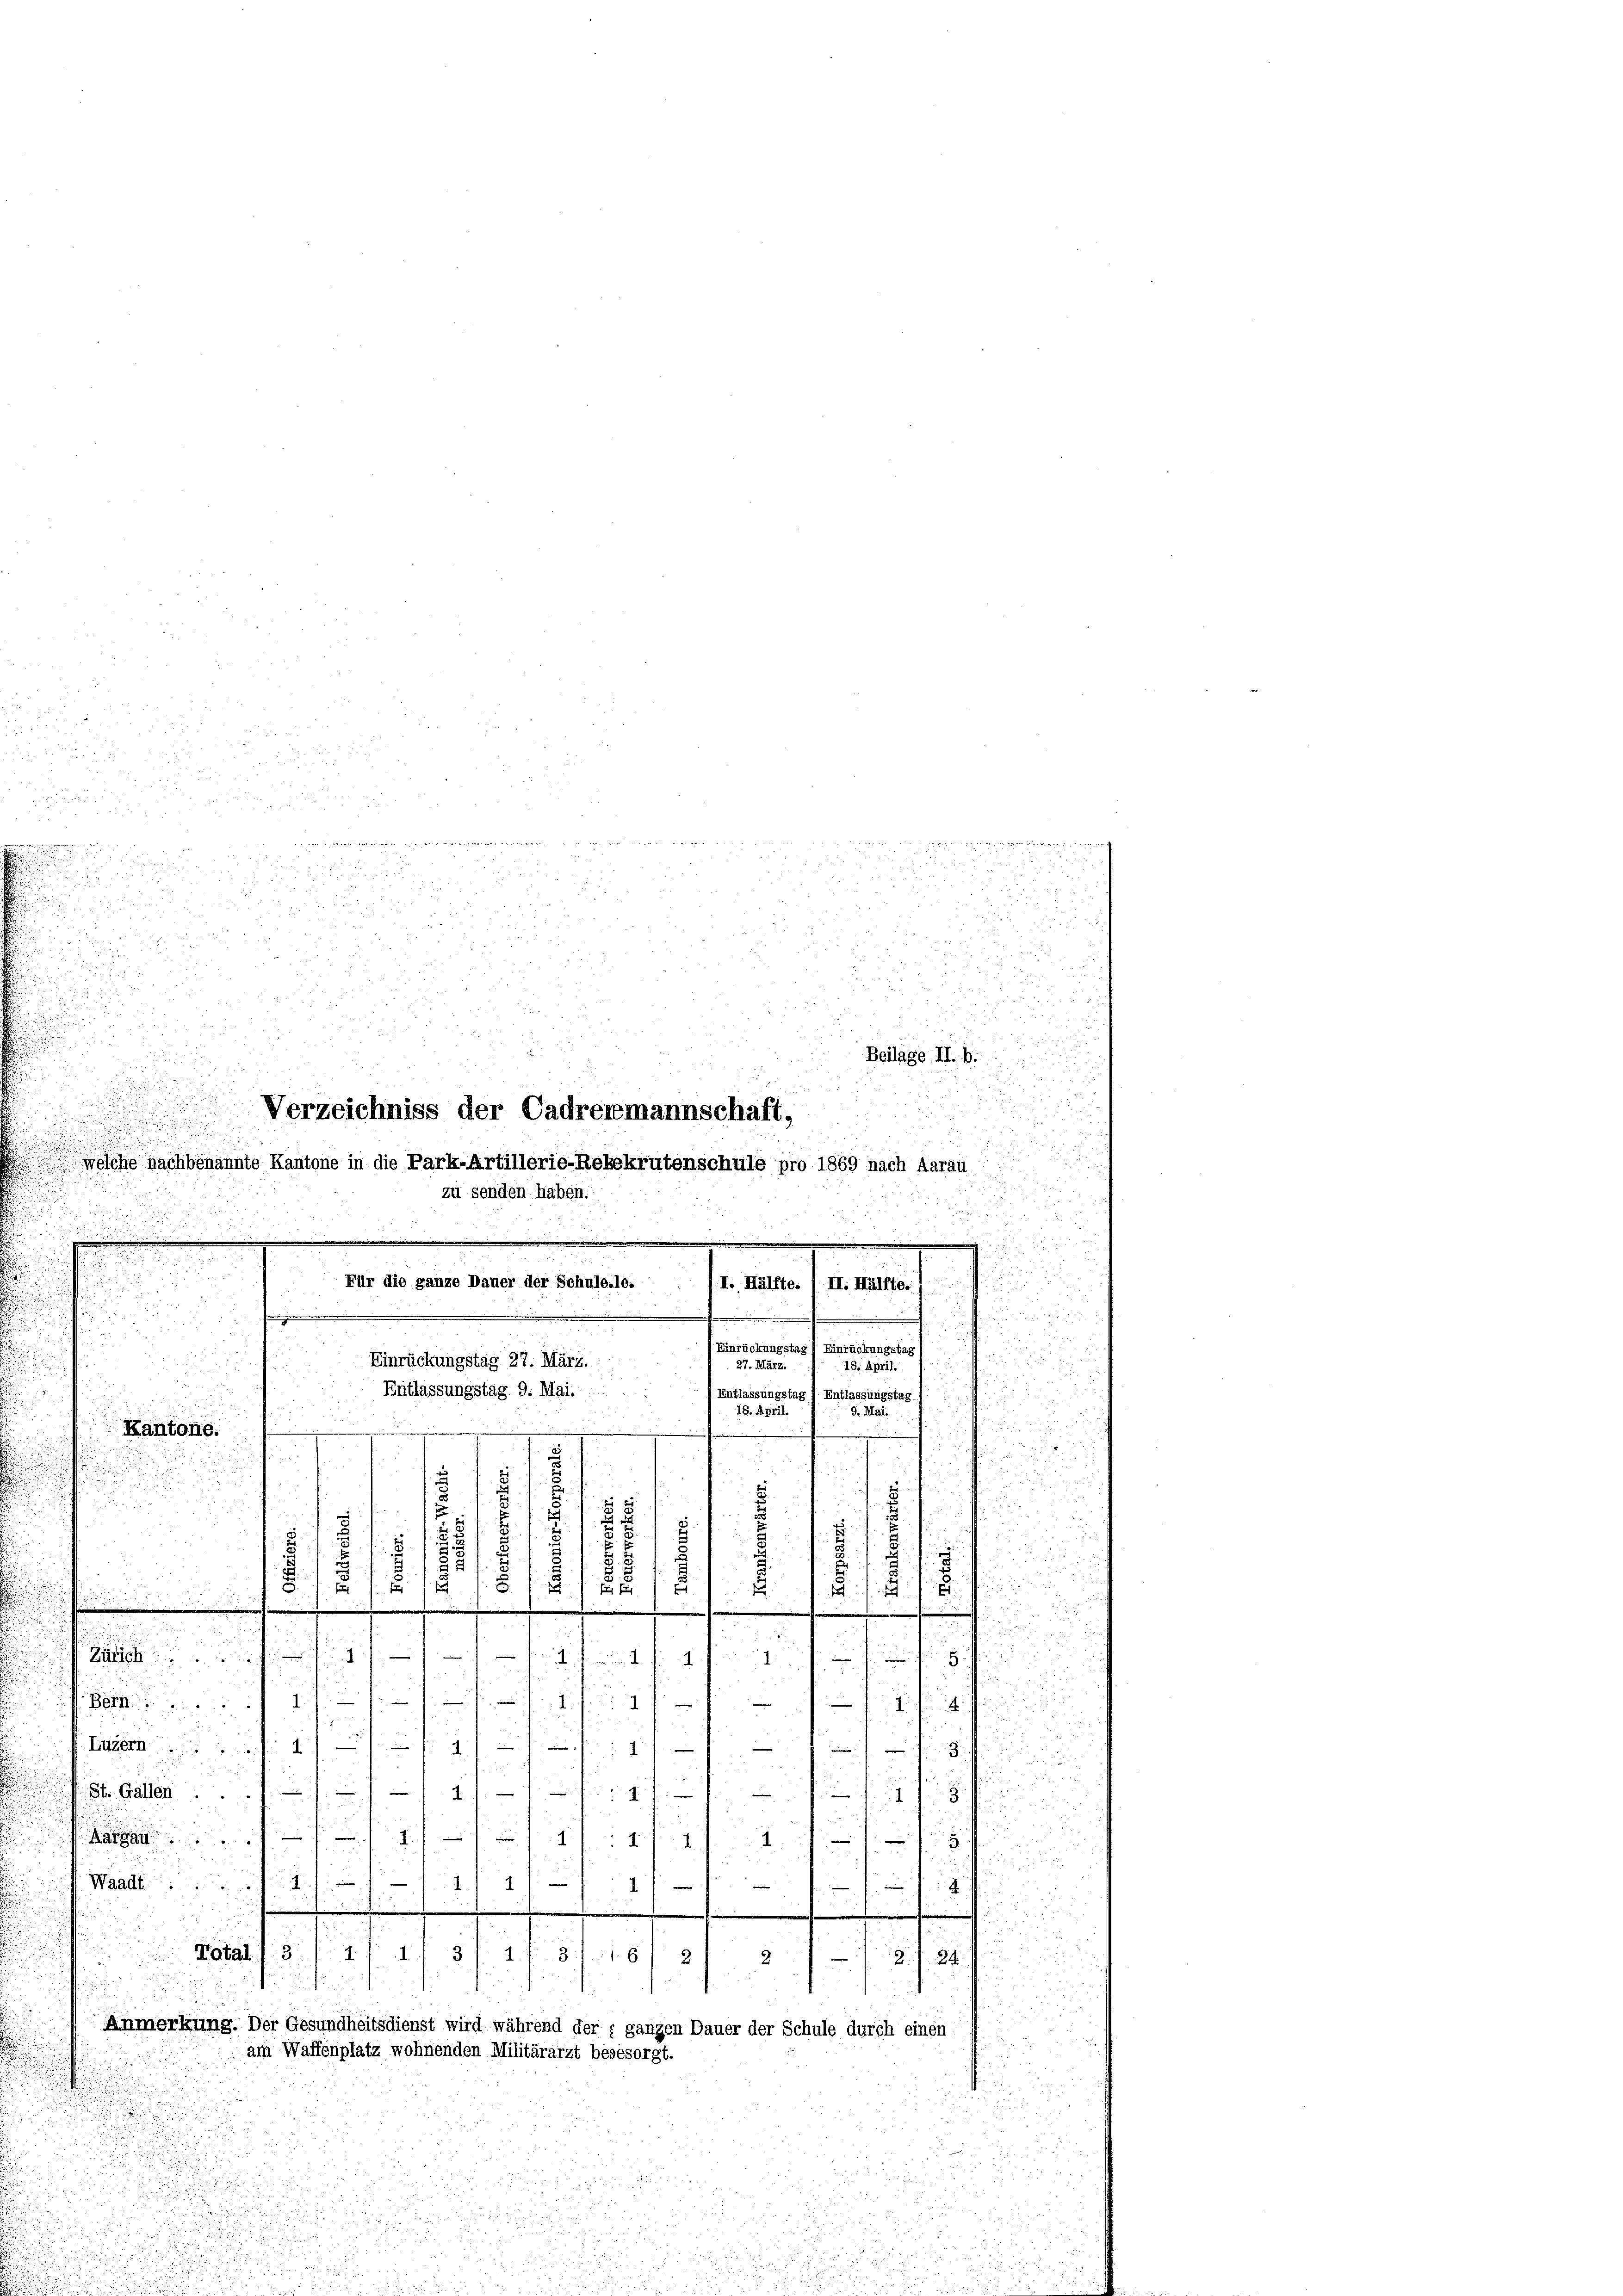
a

¬

223

2

5

 d. 1
da 2.

Beilage II. B.

e
Verzeichniss der Cadrenmannschaft,

Kantone.

5

u
.

welche nachbenannte Kantone in die Park-Artillerie-Rebekrutenschule pro 1869 nach Aarau

zu senden haben.
d

.
u

Für die ganze Dauer der Schule.le.
I. Hälfte. (II. Hälfte. (
.
s

Einrückungstag 27. März.

e
.
3
f
1
f 6 x
2
d
.
u
§. 1. 19. 1. 16.

Entlassungstag 9. Mai.

Einrückungstag 1 Einrückungstag)
27. März.
18. April.
Entlassungstag ) Entlassungstag.
18. April.
9. Mai.
x

E
2

u
55

4
4
1
.
.
.
2
e
u
1

d
De nun den die
.
1.

Be
g.
I

i

miren
.
7
 . . . .

s

 St. Gallen

.
1f
Waadt
ein
4
e
Total 1 3.
3
I
1. f. 31. 11. 612
2./24.
2
d
Anmerkung. Der Gesundheitsdienst wird während der ganzen Dauer der Schule durch einen

am Waffenplatz wohnenden Militärarzt begesorgt.
.
2
5
r